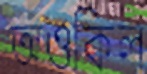
অওকিল